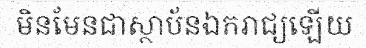
មិនមែនជាស្ថាប័នឯករាជ្យឡើយ